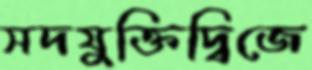
সদযুক্তিদ্বিজে